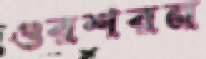
গুরশরন